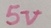
Text: 5V